Vaccination in Burma 1900-1911 - 1900-1911
Year: 1900
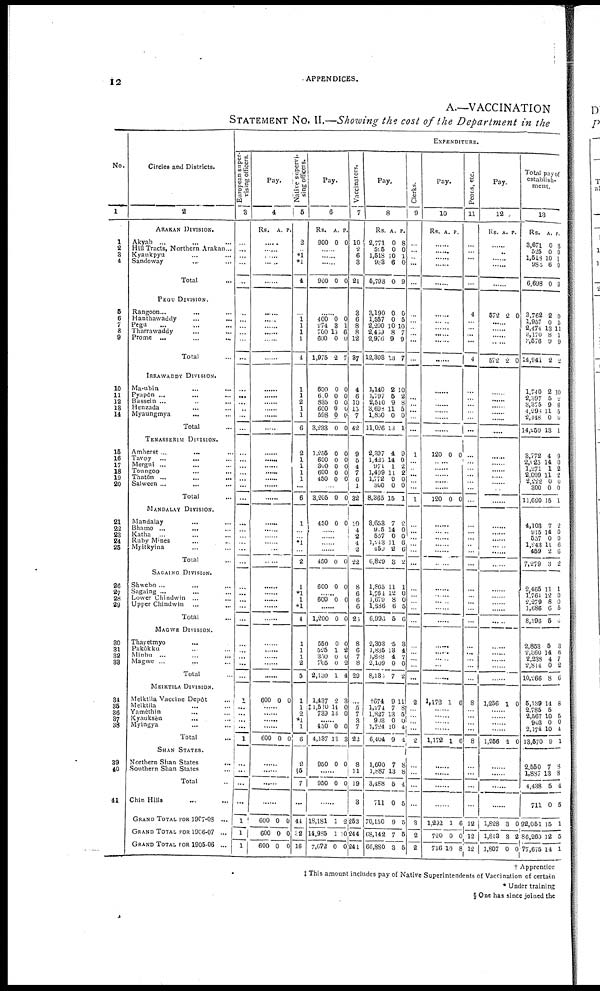
12
APPENDICES.
A.—VACCINATION
STATEMENT No. II.—Showing the cost of the Department in the
No.
1
1
2
3
4
5
7
8
9
10
11
12
13
14
15
16
17
18
19
20
21
22
23
24
25
26
27
28
29
30
31
32
33
34
35
36
37
38
39
40
41
Circles and Districts.
2
ARAKAN DIVISION.
Akyab ... ... ...
Hill Tracts, Northern Arakan...
Kyaukpyu ... ...
Sandoway ... ...
Total ...
PEGU DIVISION.
Rangoon... ...
Hanthawaddy ... ...
Pegu ... ... ...
Tharrawaddy ... ...
Prome
...
...
...
Total ...
IRRAWADDY DIVISION.
Ma-ubin ... ... ...
Pyapôn ... ... ...
Bassein ... ... ...
Henzada ... ...
Myaungmya ... ... ...
Total ...
TENASSERIM DIVISION.
Amherst...
... ...
Tavoy ...
... ...
Mergui ... ... ...
Toungoo ... ... ...
Thatôn ...
Salween ...
Total ...
MANDALAY DIVISION.
Mandalay ... ...
Bhamo ... ...
Katha
...
Ruby Mines ... ...
Myitkyina ..
Total ...
SAGAING DIVISION.
Shwebo ... ... ...
Sagaing ... ... ...
Lower Chindwin ... ...
Upper Chindwin ... ...
Total...
MAGWE DIVISION.
Thayetmyo... ...
Pakôkku... ...
Minbu ... ...
Magwe ... ...
Total...
MEIKTILA DIVISION.
Metktila Vaccine Depôt...
Meiktila... ... ...
Yamèthin... ... ...
Kyauksèn... ... ...
Myingya... ...
Total...
SHAN STATES.
Northern Shan States
...
Southern Shan States ...
Total...
Chin Hills...
GRAND TOTAL FOR 1907-08 ...
GRAND TOTAL FOR 1906-07 ...
GRAND TOTAL FOR 1905-06 ...
EXPENDITURE.
European super-
vising officers.
3
...
...
...
...
...
...
...
... ... ...
...
...
...
...
...
...
...
...
...
...
...
...
...
...
...
... ...
...
...
...
...
...
...
...
...
...
...
...
...
...
1
... ...
...
...
1
...
...
...
...
1
1
1
Pay.
4
Rs. A. P.
......
......
......
......
......
......
.....
......
......
......
...
...
...
...
...
...
...
...
...
...
...
...
...
...
...
...
...
...
...
...
...
...
...
...
...
...
...
...
...
600 0 0
......
......
......
......
600 0 0
......
......
......
......
600
600
600
0
0
0
0
0
0
Native snpervi-
sing officers.
5
2
...
*1
*1
4
...
... 1
1
1
4
1
1
2
1
1
6
2
1
1
1
1
...
6
1
...
... *1
...
2
1
*1
1
*1
4
1
1
1
2
5
1
1
2
*1
1
6
2
56
7
...
44
32
16
Pay.
6
Rs.
900
A.
0
P.
0
......
......
......
900 0 0
......
400 274
700
600
1,975
600
620
835
600
598
3,233
1,255
600
300
600
450
0 3
15
0
2
0
0
0
0
0
0
0
0
0
0
0
0 1
6
0
7
0
0
0
0
0
0
0
0 0
0
0
......
3,205
450
0
0
0
0
......
......
......
......
450
600
0
0
0
0
......
600 0 0
......
1,200
550
525
350
705
2,130
1,437
†1,510
733
0
0
1
0
0
1
2
14
13
0
0
2
0
2
4
3
0
0
......
450
4,137
950
0
13
0
0
3
0
......
950 0 0
......
18,181
14,985
7,672
1
1
0
2
10
0
Vaccinators.
7
10
2
6
3
21
3
6 8
8
12
37
4
6
10
13
7
42
9
5
4
7
6
1
32
10
4
2
4
2
22
8
6
6
6
26
8
6
7
8
29
...
5
7
3
7
22
8
11
19
3
253
244
241
Pay.
8
Rs.
2,771
525
1,518
983
5,798
3,190
1,557
2,200 2,469
2,976
12,398
1,140
1,797
2,510
3,693
1,850
11,026
2,397
1,423
971
1,499
1,772
360
8,365
8,653
915
557
1,248
450
6,829
1,865
1,761
1,679
1,686
6,996
2,303
1,835
1,888
2,109
8,130
†674
1,274
1,827
903
1,724
6,404
1,600
1,887
3,188
711
70,150
68,142
66,880
A.
0
0
10
6
0
0
0 10
8
9
13
2
5
9
11
0
13
4
14
1
11
0
0
15
7
14
0
11
2
3
11
12
8
6
5
5
13
4
0
7
9
7
13
0
10
9
7
13
5
0
9
7
3
P.
8
0
1
0
9
0
5 10
7
9
7
10
2
8
5
0
1
9
0
2
2
0
0
1
2
0
0
6
6
2
1
0
0
5
6
3
4
7
0
2
11
8
5
0
4
4
8
8
4
5
5
5
5
Clerks.
9
...
...
...
...
...
...
... ... ...
...
...
...
...
...
... ...
...
1
... ...
...
...
...
1
...
...
...
...
...
...
...
...
...
...
...
...
...
...
...
...
2
...
...
...
...
2
...
...
77
...
3
2
2
Pay.
10
Rs. A. P.
......
......
......
......
......
......
......
......
......
......
......
......
......
......
......
......
120 0 0
...... ......
......
......
......
120 0 0
......
......
......
......
......
......
......
......
......
......
......
......
......
......
......
......
1,173 1 6
......
......
......
......
1,172 1 6
......
......
......
......
1,292
720
716
1
0
10
6
0
8
Peons, etc.
11
...
...
...
...
...
4
... ...
... ...
4
...
...
...
...
...
...
...
... ...
...
...
...
...
...
...
...
...
...
...
...
...
...
...
...
...
...
...
...
...
8
...
...
...
...
8
...
... ...
...
12
12
12
Pay.
12
Rs. A. P.
......
......
......
......
......
572 2 0
......
......
......
......
572 2 0
......
......
......
......
......
......
......
...... ......
......
......
......
......
......
......
......
......
......
......
......
......
......
......
......
......
......
......
......
......
1,256 1 0
......
......
......
......
1,256 1 0
......
......
......
......
1,828
1,813
1,807
3
3
0
0
2
0
Total pay of
establish-
ment.
13
Rs.
3,671
525
1,518
986
6,698
3,762
1,957
2,474
8,170
3,576
14,941
1,740
2,397
3,375
4,298
2,448
14,259
3,772
2,025 1,271
2,099
2,222
300
11,690
4,103
915
557
1,243
459
7,279
2,465
1,761
2,279
1,686
8,196
2,863
2,360
2,238
2,814
10,266
5,139
2,785
2,567
903
2,174
13,570
2,550
1,887
4,438
711
92,051
86,260
77,675
A.
0
0
10
6
0
2
0
13
8
9
2
2
5
9
11
0
13
4
14 1
11
0
0
15
7
14
0
11
2
3
11
12 8
6
5
5
14
4
0
8
14
5
10
0
10
9
7
13
5
0
15
12
14
P.
8
0
1
0
9
0
5
11
1
9
2
10
2
8
5
0
1
9
0 2
2
0
0
1
2
0
0
6
6
2
1
0
0 5
6
3
6
7
2
6
8
5
0
4
1
8
8
4
5
1
5
1
† Apprentice
‡ This amount includes pay of Native Superintendents of Vaccination of certain
* Under training
§ One has since joined the